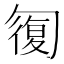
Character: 𠣾